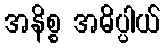
အနိစ္စ အဓိပ္ပါယ်